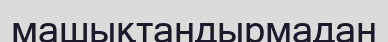
машықтандырмадан